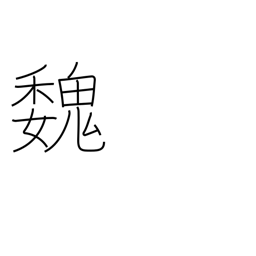
Meaning: Kingdom of Wei